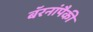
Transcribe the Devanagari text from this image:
बॅरनांपैकी